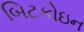
બિટકોઇન